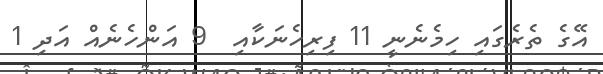
އޭގެ ތެރެގައި ހިމެނެނީ 11 ފިރިހެނަކާއި  9 އަންހެނެއް އަދި 1